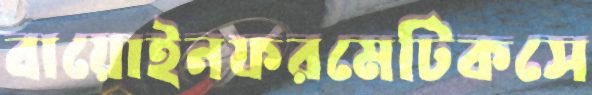
বায়োইনফরমেটিকসে